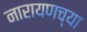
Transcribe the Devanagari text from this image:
नारायणच्या